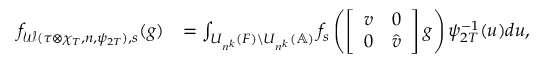
\begin{array} { r l } { f _ { \mathcal { W } ( \tau \otimes \chi _ { T } , n , \psi _ { 2 T } ) , s } ( g ) } & { = \int _ { U _ { n ^ { k } } ( F ) \backslash U _ { n ^ { k } } ( \mathbb { A } ) } f _ { s } \left( \left[ \begin{array} { c c } { v } & { 0 } \\ { 0 } & { \hat { v } } \end{array} \right] g \right) \psi _ { 2 T } ^ { - 1 } ( u ) d u , } \end{array}